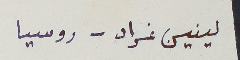
لينين غراد - روسيا